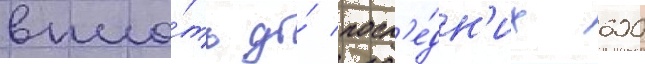
впло́ть до́ посл'е́дн'их 600